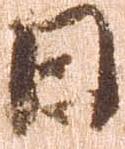
日